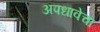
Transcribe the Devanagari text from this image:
अपधावेचा